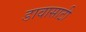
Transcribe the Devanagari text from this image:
डावासाठी